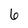
Character: 6